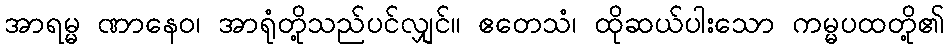
အာရမ္မ ဏာနေဝ၊ အာရုံတို့သည်ပင်လျှင်။ ဧတေသံ၊ ထိုဆယ်ပါးသော ကမ္မပထတို့၏